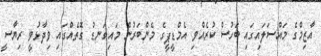
އާޒިމްގެ މައްސަލައިގައި ބަހުސް ކުރެއްވި އެމްޑީޕީގެ މެންބަރުން މައިގަނޑު ގޮތެއްގައި ވިދާޅުވީ ރިޔާސީ